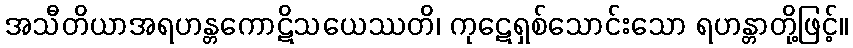
အသီတိယာအရဟန္တကောဋိသယေဿတိ၊ ကုဋေရှစ်သောင်းသော ရဟန္တာတို့ဖြင့်။